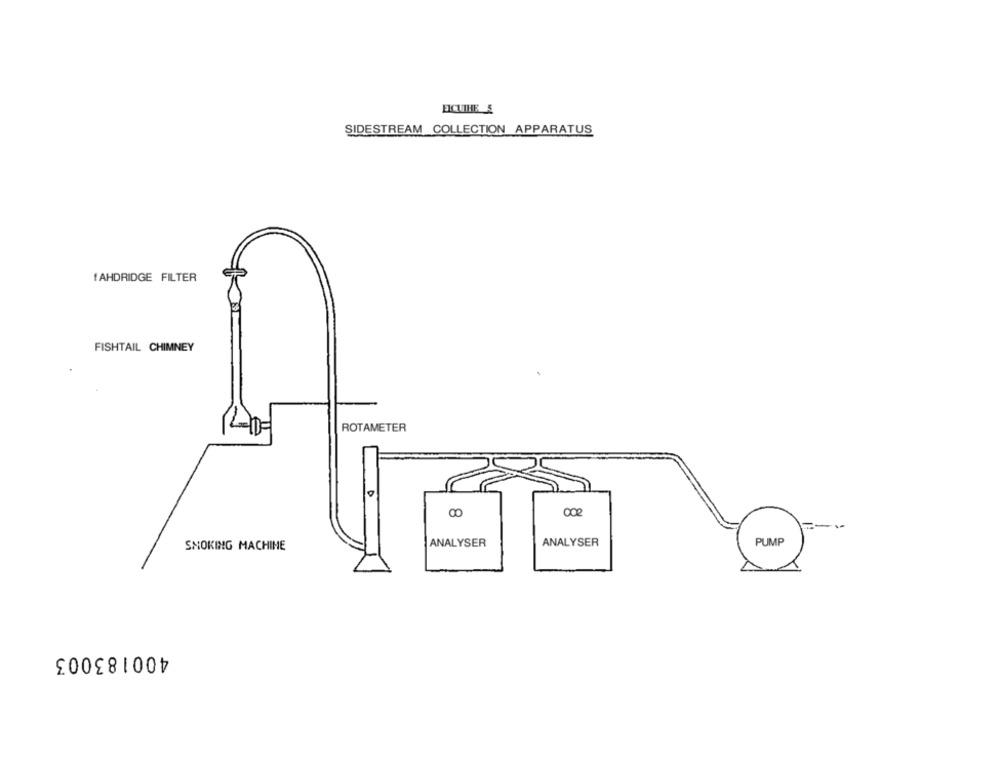
EICUTHE &
SIDESTREAM COLLECTION APPARATUS
f AHDRIDGE FILTER
FISHTAIL CHIMNEY
ROTAMETER
-
ANALYSER
ANALYSER
PUMP
SMOKING MACHINE
400183003